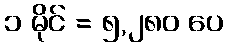
၁ မိုင် = ၅,၂၈၀ ပေ